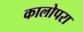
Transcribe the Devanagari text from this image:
कालोपरा